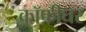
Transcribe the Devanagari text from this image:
कॉफ़ीघर